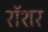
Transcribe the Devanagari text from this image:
रॉशर